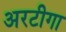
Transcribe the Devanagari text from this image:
अरटीगा